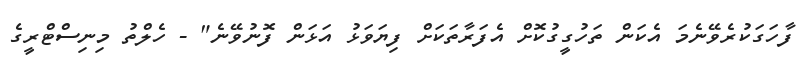
ފާހަގަކުރެވޭނެމަ އެކަން ތަހުގީގުކޮށް އެފަރާތަކަށް ފިޔަވަޅު އަޅަން ފޮނުވޭނެ" - ހެލްތު މިނިސްޓްރީގެ